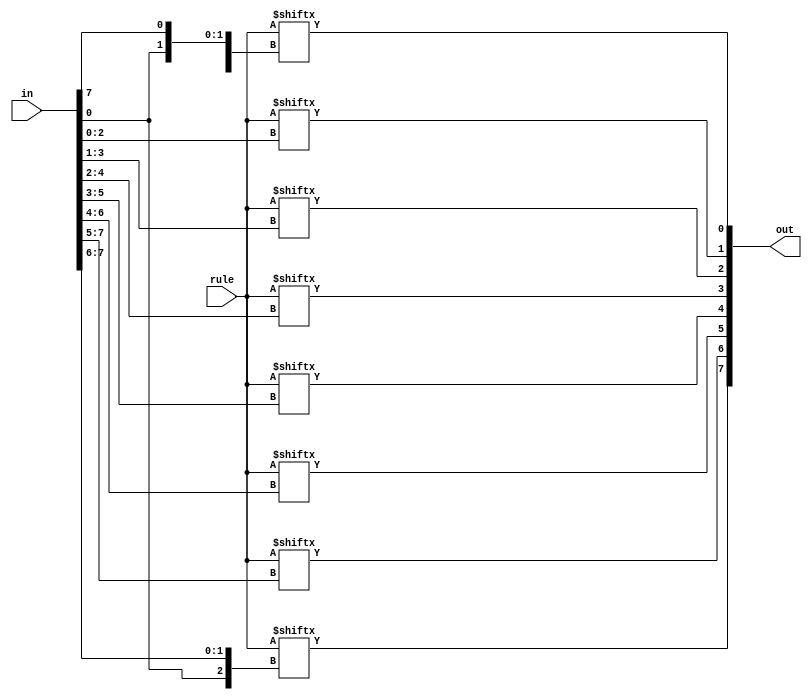
module state_calculator(
	input [7:0] in, rule,
	output [7:0] out);
	
	assign out[0] = rule[{in[1], in[0], in[7]}];
	assign out[1] = rule[{in[2], in[1], in[0]}];
	assign out[2] = rule[{in[3], in[2], in[1]}];
	assign out[3] = rule[{in[4], in[3], in[2]}];
	assign out[4] = rule[{in[5], in[4], in[3]}];
	assign out[5] = rule[{in[6], in[5], in[4]}];
	assign out[6] = rule[{in[7], in[6], in[5]}];
	assign out[7] = rule[{in[0], in[7], in[6]}];
	
endmodule